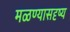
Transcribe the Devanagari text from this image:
मळण्यासदृष्य